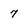
Character: 7